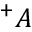
^ + A